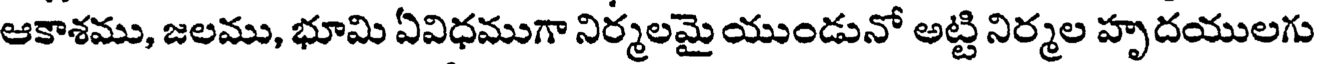
ఆకాశము, జలము, భూమి ఏవిధముగా నిర్మలమై యుండునో అట్టి నిర్మల హృదయులగు